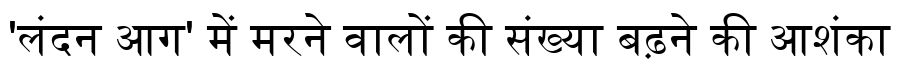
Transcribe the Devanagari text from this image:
'लंदन आग' में मरने वालों की संख्या बढ़ने की आशंका